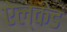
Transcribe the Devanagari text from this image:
ऐल्केड